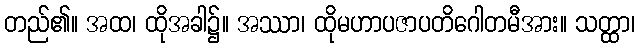
တည်၏။ အထ၊ ထိုအခါ၌။ အဿာ၊ ထိုမဟာပဇာပတိဂေါတမီအား။ သတ္ထာ၊